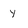
Character: y